Civil Veterinary Department. Madras. Admin. report 1926-33 - 1926-1933
Year: 1926
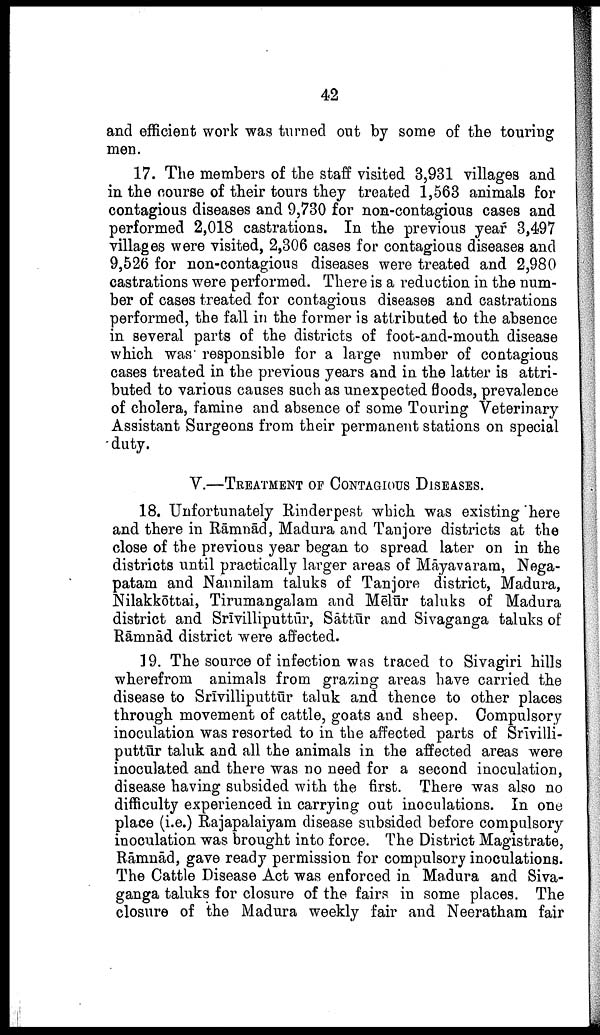
42
and efficient work was turned out by some of the touring
men.
17. The members of the staff visited 3,931 villages and
in the course of their tours they treated 1,563 animals for
contagious diseases and 9,730 for non-contagious cases and
performed 2,018 castrations. In the previous year 3,497
villages were visited, 2,306 cases for contagious diseases and
9,526 for non-contagious diseases were treated and 2,980
castrations were performed. There is a reduction in the num
ber of cases treated for contagious diseases and castrations
performed, the fall in the former is attributed to the absence
in several parts of the districts of foot-and-mouth disease
which was responsible for a large number of contagious
cases treated in the previous years and in the latter is attri
buted to various causes such as unexpected floods, prevalence
of cholera, famine and absence of some Touring Veterinary
Assistant Surgeons from their permanent stations on special
duty.
V.—TREATMENT OF CONTAGIOUS DISEASES.
18. Unfortunately Rinderpest which was existing here
and there in Rāmnād, Madura and Tanjore districts at the
close of the previous year began to spread later on in the
districts until practically larger areas of Māyavaram, Nega-
patam and Nannilam taluks of Tanjore district, Madura,
Nilakkōttai, Tirumangalam and Mēlūr taluks of Madura
district and Srīvilliputtūr, Sāttūr and Sivaganga taluks of
Rāmnād district were affected.
19. The source of infection was traced to Sivagiri hills
wherefrom animals from grazing areas have carried the
disease to Srīvilliputtūr taluk and thence to other places
through movement of cattle, goats and sheep. Compulsory
inoculation was resorted to in the affected parts of Srīvilli
puttūr taluk and all the animals in the affected areas were
inoculated and there was no need for a second inoculation,
disease having subsided with the first. There was also no
difficulty experienced in carrying out inoculations. In one
place (i.e.) Rajapalaiyam disease subsided before compulsory
inoculation was brought into force. The District Magistrate,
Rāmnād, gave ready permission for compulsory inoculations.
The Cattle Disease Act was enforced in Madura and Siva
ganga taluks for closure of the fairs in some places. The
closure of the Madura weekly fair and Neeratham fair